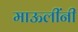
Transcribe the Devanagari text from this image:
माऊलींनी